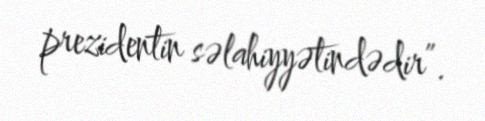
prezidentin səlahiyyətindədir”.